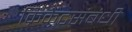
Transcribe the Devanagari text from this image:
क्रिकेटसंबंधी